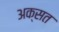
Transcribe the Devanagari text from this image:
अक्सत